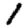
Digit: 1